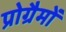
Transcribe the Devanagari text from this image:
प्रोग्रैमों